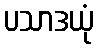
ပသာဒယုံ